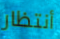
أنتظار